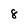
Character: 8